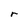
Character: r